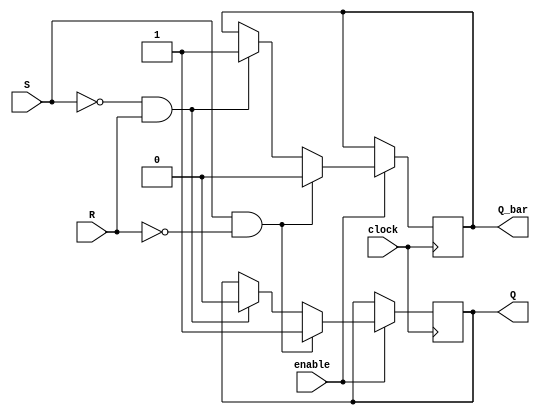
module Gated_SR_flip_flop (
    input clock,
    input S,
    input R,
    input enable,
    output reg Q,
    output reg Q_bar
);

always @(posedge clock) begin
    if (enable) begin
        if (S && !R) begin
            Q <= 1;
            Q_bar <= 0;
        end else if (!S && R) begin
            Q <= 0;
            Q_bar <= 1;
        end else if (S && R) begin
            Q <= Q;
            Q_bar <= Q_bar;
        end else begin
            Q <= Q;
            Q_bar <= Q_bar;
        end
    end else begin
        Q <= Q;
        Q_bar <= Q_bar;
    end
end

endmodule